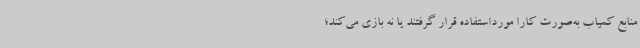
منابع کمیاب به‌صورت کارا مورداستفاده قرار گرفتند یا نه بازی می‌کند؛